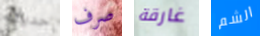
حديثه صرف غارقة الشم